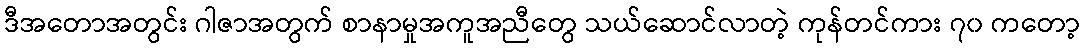
ဒီအတောအတွင်း ဂါဇာအတွက် စာနာမှုအကူအညီတွေ သယ်ဆောင်လာတဲ့ ကုန်တင်ကား ၇၀ ကတော့